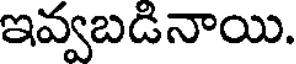
ఇవ్వబడినాయి.